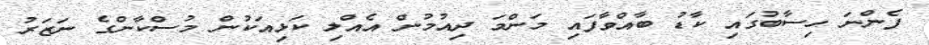
ފެންނަ ހިސާބުގައި ކާޑު ބާއްވާފައި މަންމަ ދިއުމުން އެއްލި ކަޅިއަކުން މުސްކާންގެ ނަޒަރު